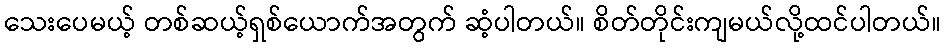
သေးပေမယ့် တစ်ဆယ့်ရှစ်ယောက်အတွက် ဆံ့ပါတယ်။ စိတ်တိုင်းကျမယ်လို့ထင်ပါတယ်။